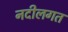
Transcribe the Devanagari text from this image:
नदीलगत